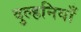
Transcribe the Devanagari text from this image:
दुल्हनियाँ